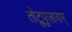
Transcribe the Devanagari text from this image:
तोटुपुज़ायार्